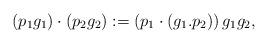
LaTeX: \begin{align*} (p_{1}g_{1}) \cdot ( p_{2}g_{2}):=(p_{1}\cdot (g_{1}{\bf.}p_{2}))\, g_{1}g_{2},\end{align*}